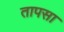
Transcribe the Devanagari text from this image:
तापसा